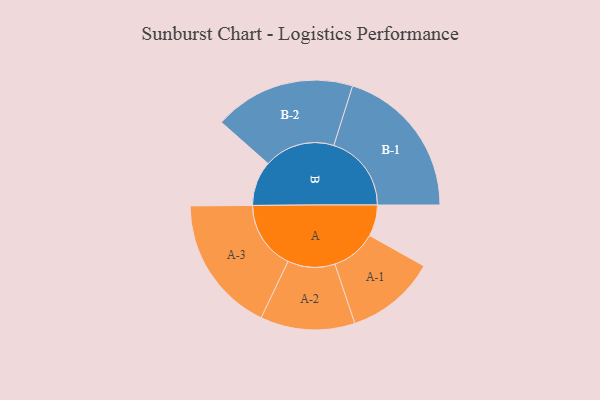
{"axis": {"x": "Segment", "y": "Value"}, "legend": ["", "A", "B"], "data": [{"x": "A", "y": 104, "type": ""}, {"x": "B", "y": 149, "type": ""}, {"x": "A-1", "y": 150, "type": "A"}, {"x": "A-2", "y": 157, "type": "A"}, {"x": "A-3", "y": 228, "type": "A"}, {"x": "B-1", "y": 258, "type": "B"}, {"x": "B-2", "y": 235, "type": "B"}]}